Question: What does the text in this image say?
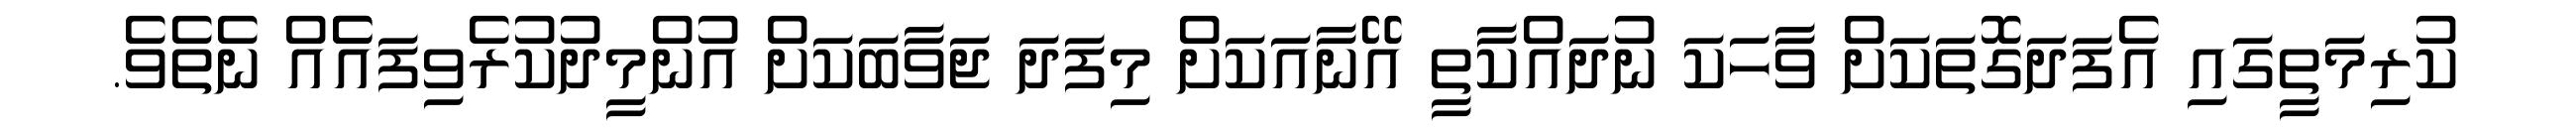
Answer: ކުރިމަތީގައި އެފަދަގޮތަކަށް ވާހަކަ ނުދައްކާތީ އޭނާއަކަށް މިފަދަ ޖަވާބަކަށް އުންމީދުކުރެވިފައެެއް ނެތެވެ.